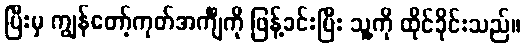
ပြီးမှ ကျွန်တော့်ကုတ်အင်္ကျီကို ဖြန့်ခင်းပြီး သူ့ကို ထိုင်ခိုင်းသည်။